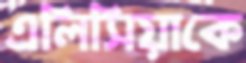
এলিসিয়াকে